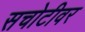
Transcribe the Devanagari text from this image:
सचोटीवर